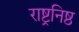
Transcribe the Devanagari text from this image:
राष्ट्रनिष्ठ